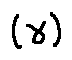
( \gamma )